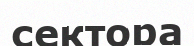
сектора